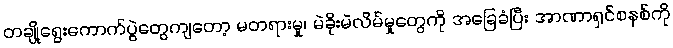
တချို့ရွေးကောက်ပွဲတွေကျတော့ မတရားမှု၊ မဲခိုးမဲလိမ်မှုတွေကို အခြေခံပြီး အာဏာရှင်စနစ်ကို